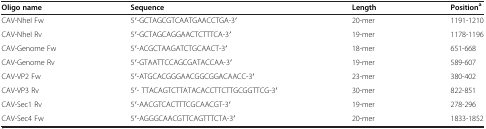
<table><thead><tr><td><b>Oligo name</b></td><td><b>Sequence</b></td><td><b>Length</b></td><td><b>Position<sup>a</sup></b></td></tr></thead><tbody><tr><td>CAV-NheI Fw</td><td>5′-GCTAGCGTCAATGAACCTGA-3′</td><td>20-mer</td><td>1191-1210</td></tr><tr><td>CAV-NheI Rv</td><td>5′-GCTAGCAGGAACTCTTTCA-3′</td><td>19-mer</td><td>1178-1196</td></tr><tr><td>CAV-Genome Fw</td><td>5′-ACGCTAAGATCTGCAACT-3′</td><td>18-mer</td><td>651-668</td></tr><tr><td>CAV-Genome Rv</td><td>5′-GTAATTCCAGCGATACCAA-3′</td><td>19-mer</td><td>589-607</td></tr><tr><td>CAV-VP2 Fw</td><td>5′-ATGCACGGGAACGGCGGACAACC-3′</td><td>23-mer</td><td>380-402</td></tr><tr><td>CAV-VP3 Rv</td><td>5′- TTACAGTCTTATACACCTTCTTGCGGTTCG-3′</td><td>30-mer</td><td>822-851</td></tr><tr><td>CAV-Sec1 Rv</td><td>5′-AACGTCACTTTCGCAACGT-3′</td><td>19-mer</td><td>278-296</td></tr><tr><td>CAV-Sec4 Fw</td><td>5′-AGGGCAACGTTCAGTTTCTA-3′</td><td>20-mer</td><td>1833-1852</td></tr></tbody></table>